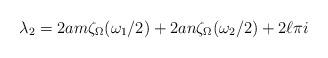
LaTeX: \begin{align*}\lambda _2=2am\zeta _\Omega (\omega _1/2)+2an\zeta _\Omega (\omega _2/2)+2\ell \pi i\end{align*}